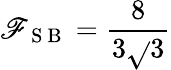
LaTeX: \mathscr{F}_{\mathrm{{~S~B~}}}=\frac{{8}}{{3\sqrt{}{{3}}}}